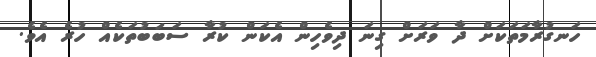
ހަނގުރާމަތަކަށް ދާ ވަރަށް ގިނަ ދިވެހިން އެކަން ކުރާ ސަބަބުުތަކެއް ހުރެ އެވެ.